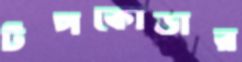
টপকোডার